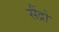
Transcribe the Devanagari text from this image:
सैंद्रो